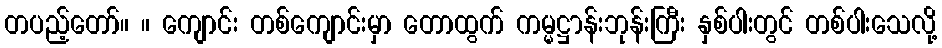
တပည့်တော်။ ။ ကျောင်း တစ်ကျောင်းမှာ တောထွက် ကမ္မဋ္ဌာန်းဘုန်းကြီး နှစ်ပါးတွင် တစ်ပါးသေလို့